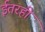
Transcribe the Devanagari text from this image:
ईतरही